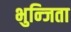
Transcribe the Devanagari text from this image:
भुन्जिता